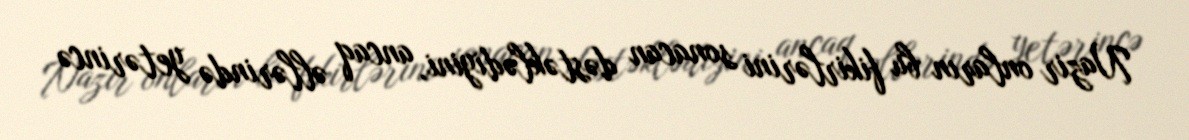
Nazir onların bu fikirlərini sonacan dəstəklədiyini, ancaq əllərində yetərincə